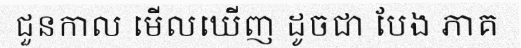
ជួនកាល មើលឃើញ ដូចជា បែង ភាគ